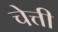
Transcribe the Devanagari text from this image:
चेत्ती